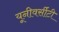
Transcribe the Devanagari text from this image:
यूनीवर्सीटी